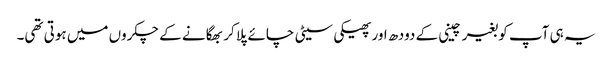
یہ ہی آپ کو بغیر چینی کے دودھ اور پھیکی سیٹی چائے پلا کر بھگانے کے چکروں میں ہوتی تھی۔